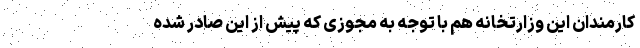
کارمندان این وزارتخانه هم با توجه به مجوزی که پیش از این صادر شده